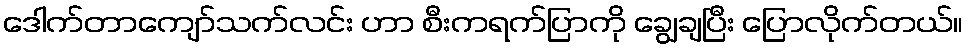
ဒေါက်တာကျော်သက်လင်း ဟာ စီးကရက်ပြာကို ချွေချပြီး ပြောလိုက်တယ်။